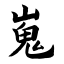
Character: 嵬